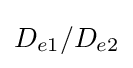
D_{e1}/D_{e2}